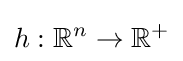
h:\mathbb {R} ^{n}\to \mathbb {R} ^{+}